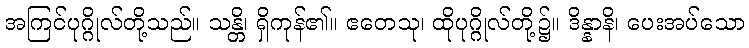
အကြင်ပုဂ္ဂိုလ်တို့သည်။ သန္တိ၊ ရှိကုန်၏။ ဧတေသု၊ ထိုပုဂ္ဂိုလ်တို့၌။ ဒိန္နာနိ၊ ပေးအပ်သော